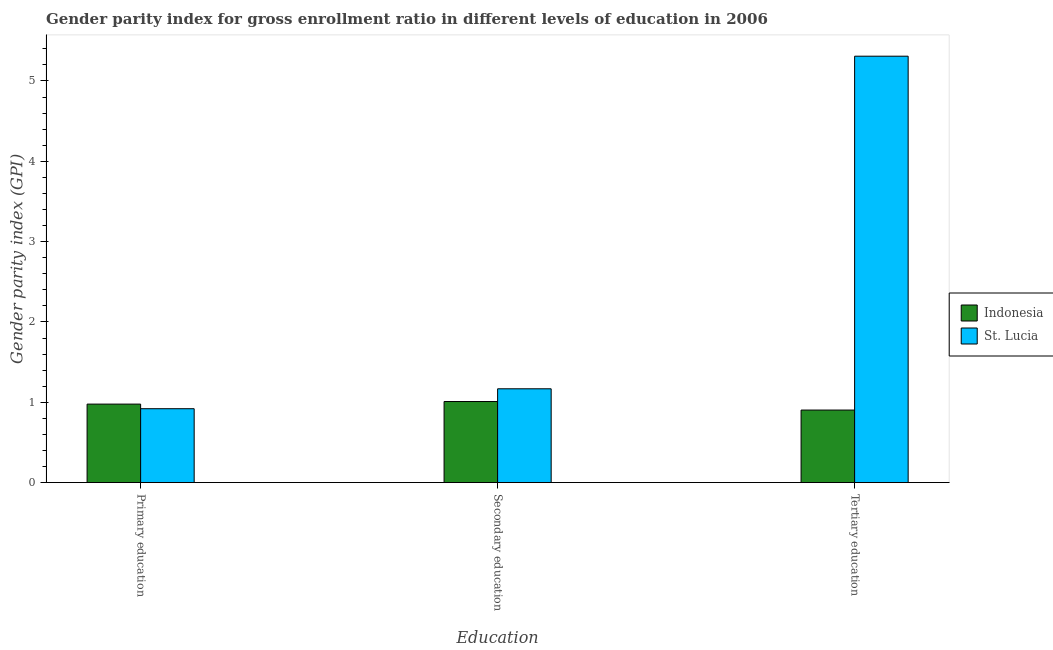
| Education | Indonesia | St. Lucia |
 | --- | --- | --- |
 | Primary education | 0.977 | 0.92 |
 | Secondary education | 1.01 | 1.17 |
 | Tertiary education | 0.903 | 5.31 |